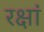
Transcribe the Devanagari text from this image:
रक्षां